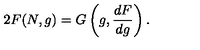
2 F ( N , g ) = G \left( g , \frac { d F } { d g } \right) .